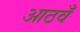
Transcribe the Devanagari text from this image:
आठवँ